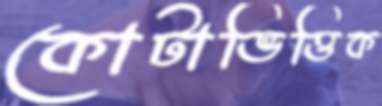
কোটাভিত্তিক